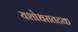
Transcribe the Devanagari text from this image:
यशोधरातटक